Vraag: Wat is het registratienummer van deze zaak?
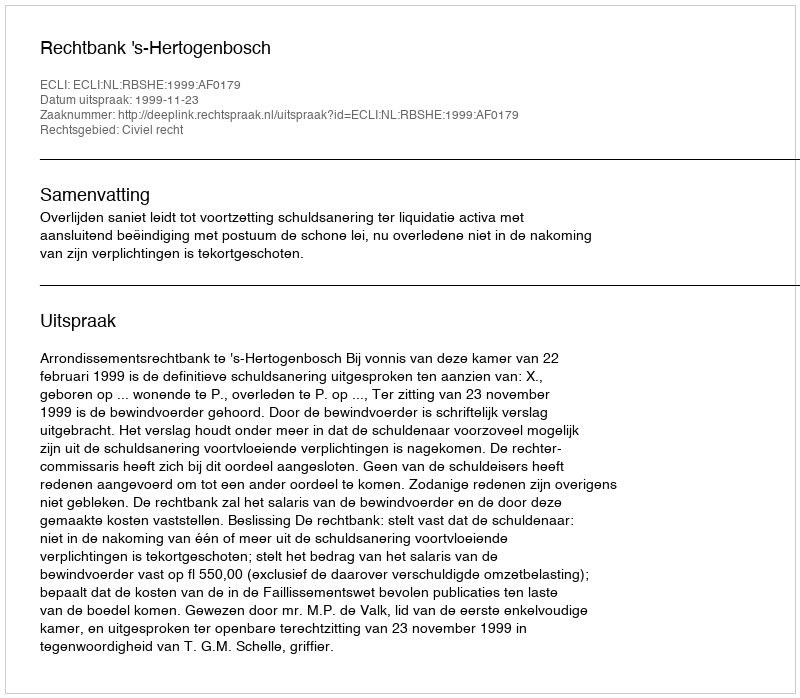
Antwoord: http://deeplink.rechtspraak.nl/uitspraak?id=ECLI:NL:RBSHE:1999:AF0179